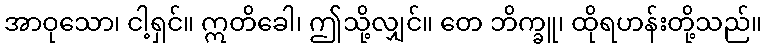
အာဝုသော၊ ငါ့ရှင်။ ဣတိခေါ၊ ဤသို့လျှင်။ တေ ဘိက္ခူ၊ ထိုရဟန်းတို့သည်။